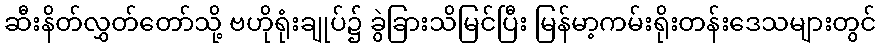
ဆီးနိတ်လွှတ်တော်သို့ ဗဟိုရုံးချုပ်၌ ခွဲခြားသိမြင်ပြီး မြန်မာ့ကမ်းရိုးတန်းဒေသများတွင်